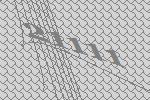
21111